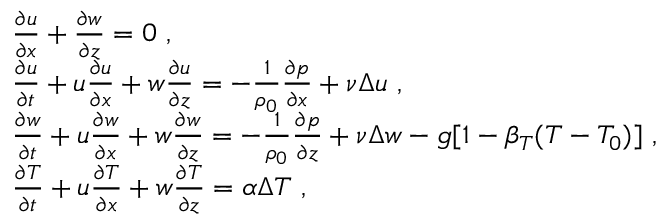
\begin{array} { r l } & { \frac { \partial u } { \partial x } + \frac { \partial w } { \partial z } = 0 ~ , } \\ & { \frac { \partial u } { \partial t } + u \frac { \partial u } { \partial x } + w \frac { \partial u } { \partial z } = - \frac { 1 } { \rho _ { 0 } } \frac { \partial p } { \partial x } + \nu \Delta u ~ , } \\ & { \frac { \partial w } { \partial t } + u \frac { \partial w } { \partial x } + w \frac { \partial w } { \partial z } = - \frac { 1 } { \rho _ { 0 } } \frac { \partial p } { \partial z } + \nu \Delta w - g [ 1 - \beta _ { T } ( T - T _ { 0 } ) ] ~ , } \\ & { \frac { \partial T } { \partial t } + u \frac { \partial T } { \partial x } + w \frac { \partial T } { \partial z } = \alpha \Delta T ~ , } \end{array}